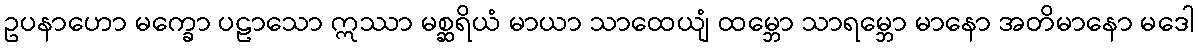
ဥပနာဟော မက္ခော ပဠာသော ဣဿာ မစ္ဆရိယံ မာယာ သာထေယျံ ထမ္ဘော သာရမ္ဘော မာနော အတိမာနော မဒေါ